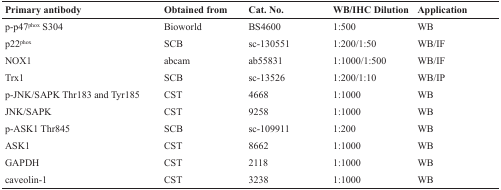
<table><thead><tr><td><b><i>Primary antibody</i></b></td><td><b><i>Obtained from</i></b></td><td><b><i>Cat. No.</i></b></td><td><b><i>WB/IHC Dilution</i></b></td><td><b><i>Application</i></b></td></tr></thead><tbody><tr><td>p-p47<sup>phox</sup> S304</td><td>Bioworld</td><td>BS4600</td><td>1:500</td><td>WB</td></tr><tr><td>p22<sup>phox</sup></td><td>SCB</td><td>sc-130551</td><td>1:200/1:50</td><td>WB/IF</td></tr><tr><td>NOX1</td><td>abcam</td><td>ab55831</td><td>1:1000/1:500</td><td>WB/IF</td></tr><tr><td>Trx1</td><td>SCB</td><td>sc-13526</td><td>1:200/1:10</td><td>WB/IP</td></tr><tr><td>p-JNK/SAPK Thr183 and Tyr185</td><td>CST</td><td>4668</td><td>1:1000</td><td>WB</td></tr><tr><td>JNK/SAPK</td><td>CST</td><td>9258</td><td>1:1000</td><td>WB</td></tr><tr><td>p-ASK1 Thr845</td><td>SCB</td><td>sc-109911</td><td>1:200</td><td>WB</td></tr><tr><td>ASK1</td><td>CST</td><td>8662</td><td>1:1000</td><td>WB</td></tr><tr><td>GAPDH</td><td>CST</td><td>2118</td><td>1:1000</td><td>WB</td></tr><tr><td>caveolin-1</td><td>CST</td><td>3238</td><td>1:1000</td><td>WB</td></tr></tbody></table>